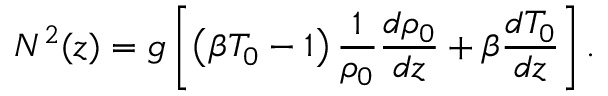
N ^ { 2 } ( z ) = g \left[ \left( \beta T _ { 0 } - 1 \right) \frac { 1 } { \rho _ { 0 } } \frac { d \rho _ { 0 } } { d z } + \beta \frac { d T _ { 0 } } { d z } \right] .